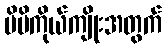
မိမိကိုယ်ကျိုးအတွက်